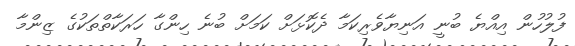
ފުލުހުން އިއްޔެ ބުނީ އަނިޔާވެރިކަމާ ދެކޮޅަށް ކަމަށް ބުނެ ހިންގާ ހަރަކާތްތަކުގެ ޒިންމާ